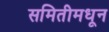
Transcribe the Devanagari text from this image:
समितीमधून